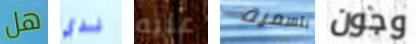
هل لدي عليه بتسمية وجون